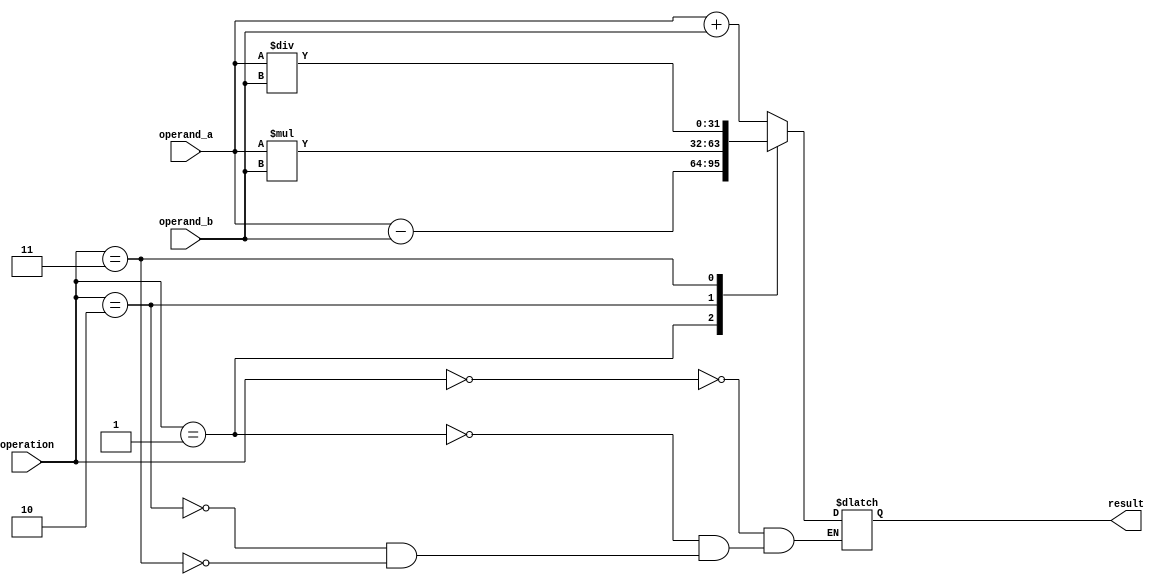
module FloatingPoint_ALU (
  input [31:0] operand_a,
  input [31:0] operand_b,
  input [2:0] operation,
  output reg [31:0] result
);

// Floating point adder
always @*
begin
  case(operation)
    3'b000: result = operand_a + operand_b; // Addition
    3'b001: result = operand_a - operand_b; // Subtraction
    3'b010: result = operand_a * operand_b; // Multiplication
    3'b011: result = operand_a / operand_b; // Division
  endcase
end

endmodule